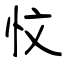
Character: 忟